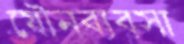
যৌনব্যবসা